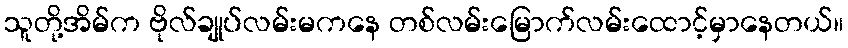
သူတို့အိမ်က ဗိုလ်ချုပ်လမ်းမကနေ တစ်လမ်းမြောက်လမ်းထောင့်မှာနေတယ်။